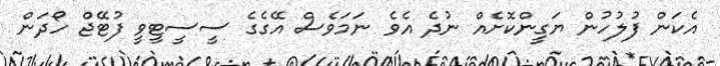
އެކަން ފުލުހުން ޔަގީންކޮށެއް ނުދެ އެވެ ނަމަވެސް އޭގެގެ ސީސީޓީވީ ފުޓޭޖް ހޯދަން